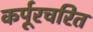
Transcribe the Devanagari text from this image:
कर्पूरचरित